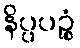
နိပ္ပပဉ္စံ